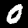
Label: 0